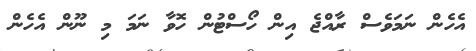
އެހެން ނަމަވެސް ރާއްޖެ އިން ހޯސްޓުން ހޮވާ ނަމަ މި ނޫން އެހެން